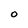
Character: O